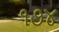
૧૭૪